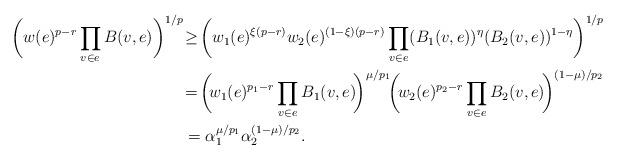
LaTeX: \begin{align*}\bigg(w(e)^{p-r}\prod_{v\in e}B(v,e)\bigg)^{1/p}& \!\geq\! \bigg(w_1(e)^{\xi(p-r)}w_2(e)^{(1-\xi)(p-r)}\prod_{v\in e} (B_1(v,e))^{\eta} (B_2(v,e))^{1-\eta}\bigg)^{1/p}\\& \!=\! \bigg(\!w_1(e)^{p_1-r}\prod_{v\in e} B_1(v,e)\!\bigg)^{\mu/p_1}\! \bigg(\!w_2(e)^{p_2-r}\prod_{v\in e} B_2(v,e)\!\bigg)^{(1-\mu)/p_2}\\& =\alpha_1^{\mu/p_1}\alpha_2^{(1-\mu)/p_2}.\end{align*}